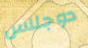
دوجلاس